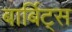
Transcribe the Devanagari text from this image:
बार्बिट्स